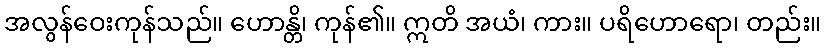
အလွန်ဝေးကုန်သည်။ ဟောန္တိ၊ ကုန်၏။ ဣတိ အယံ၊ ကား။ ပရိဟောရော၊ တည်း။